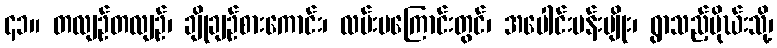
၄၁။ တလျဉ်တလျဉ်၊ ချိုချဉ်စားကောင်း၊ လမ်းမကြောင်းတွင်၊ အပေါင်းပန်းမျိုး၊ ရွာသည့်မိုဃ်းသို့၊